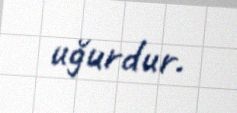
uğurdur.